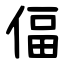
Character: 偪